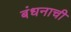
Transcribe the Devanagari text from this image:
बंधनाची